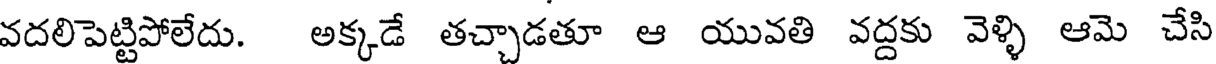
వదలిపెట్టిపోలేదు. అక్కడే తచ్చాడతూ ఆ యువతి వద్దకు వెళ్ళి ఆమె చేసి